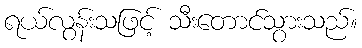
ရယ်လွန်းသဖြင့် သီးတောင်သွားသည်။